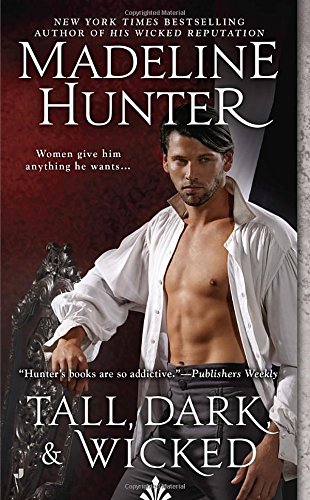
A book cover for Tall, Dark, and Wicked: Wicked Trilogy; Madeline Hunter; Romance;